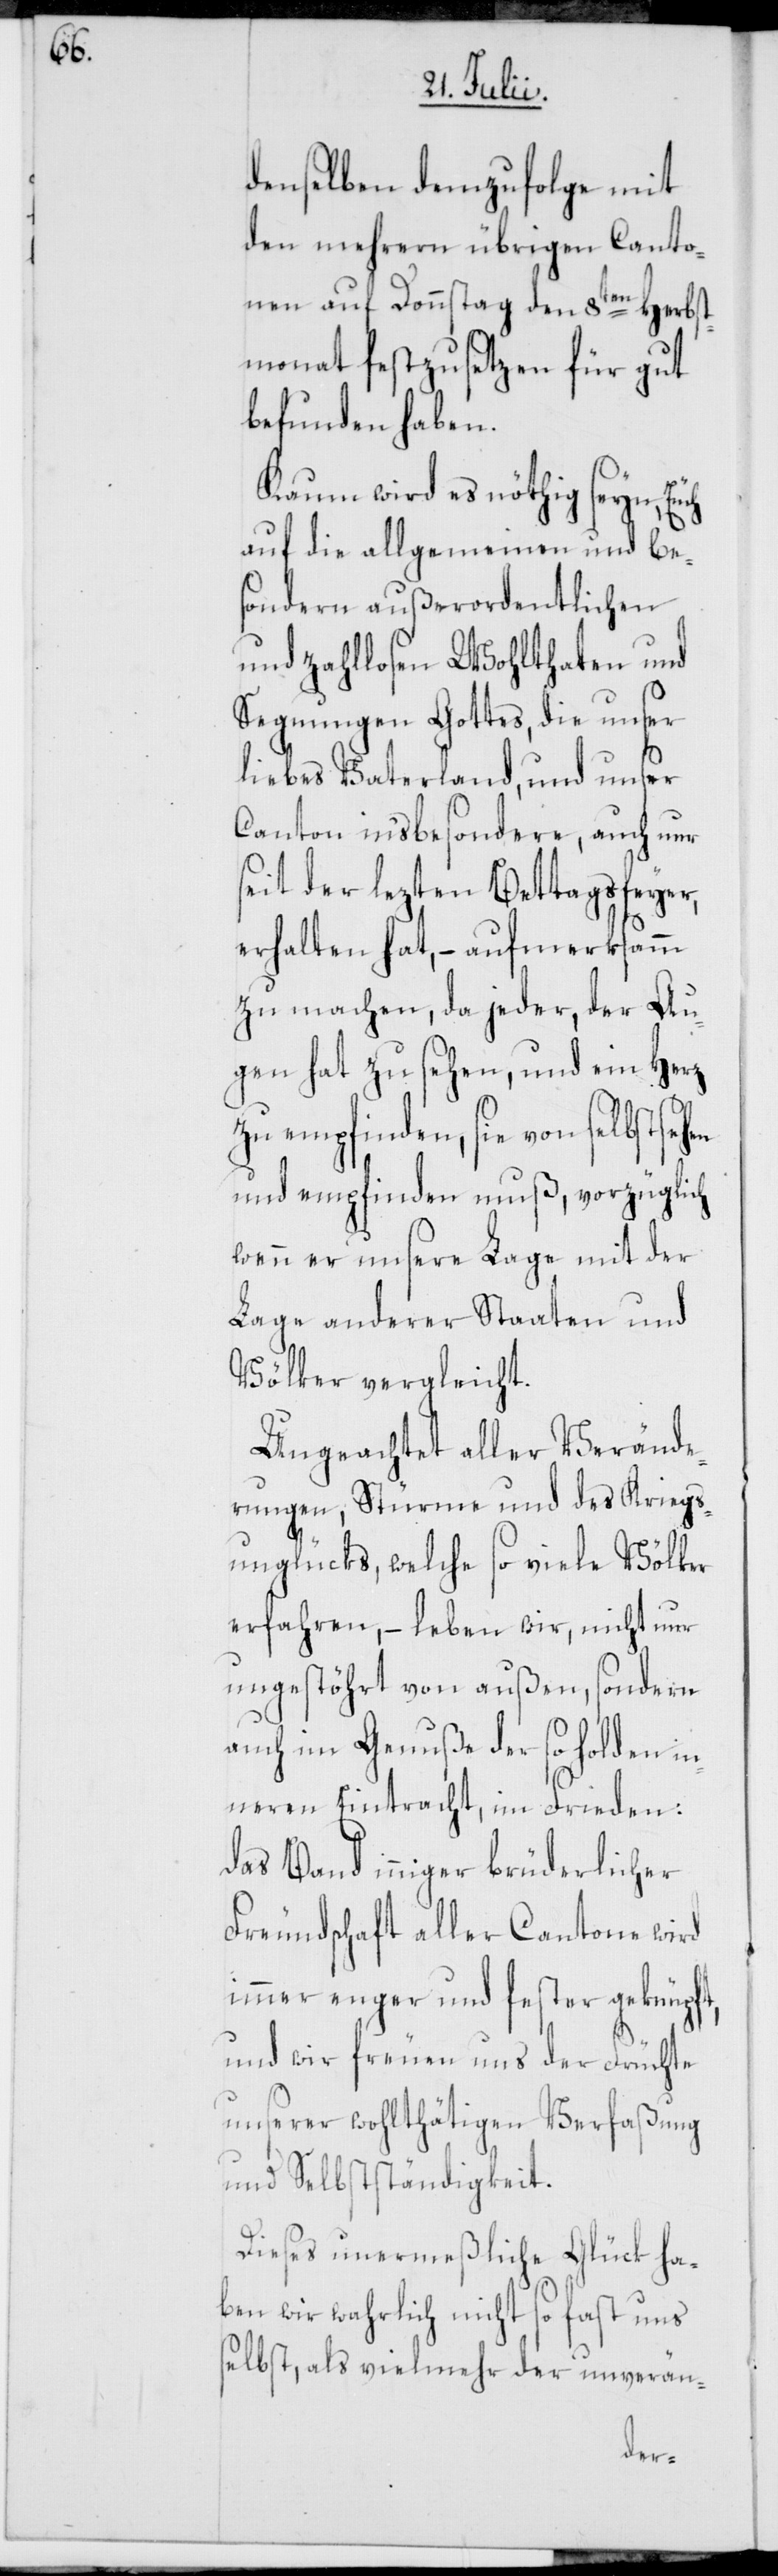
denselben demzufolge mit
den mehrern übrigen Canto¬
nen auf Donnstags den 8ten Herbst¬
monat festzusetzen für gut
befunden haben.
Kaum wird es nöthig seyn,
auf die allgemeinen und be¬
sondern außerordentlichen
und zahllosen Wohlthaten und
Segnungen Gottes, die unser
liebes Vaterland, und unser
Canton in'sbesondere, auch nur
seit der lezten Bettagsfeyer,
erhalten hat, – aufmerksamm
zu machen, da jeder, der Au¬
gen hat zu sehen, und ein Herz
zu empfinden, sie von selbst
und empfinden muß, vorzüglich
wenn er unsere Lage mit der
Lage anderer Staaten und
Völker vergleicht.
Ungeachtet aller Verände¬
rungen, Stürme und des Kriegs¬
unglücks, welche so viele Völker
erfahren, – leben wir, nicht nur
ungestöhrt von außen, sondern
auch im Genuße der so holden in¬
neren Eintracht, im Frieden:
Das Band inniger brüderlicher
Freundschaft aller Cantone wird
immer enger und fester geknüpft,
und wir freuen uns der Früchte
unserer wohlthätigen Verfaßung
und Selbstständigkeit.
Dieses unermeßliche Glück ha¬
ben wir wahrlich nicht so fast uns
selbst, als vielmehr der unverän-